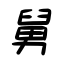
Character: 舅